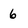
Character: 6